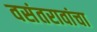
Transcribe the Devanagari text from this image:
वसंतरावांचा